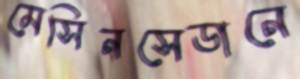
মেসিনসেডানে